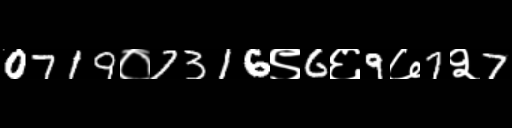
Text: 0719०7316९6६9७7२7